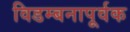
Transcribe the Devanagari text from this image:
विडम्बनापूर्वक